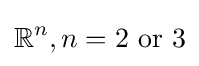
\mathbb {R} ^{n},n=2{\text{ or }}3